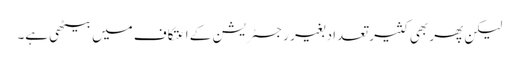
لیکن پھر بھی کثیر تعداد بغیر رجسٹریشن کے اعتکاف میں بیٹھی ہے۔